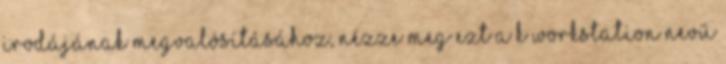
irodájának megvalósításához, nézze meg ezt a K workstation nevű